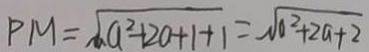
P M = \sqrt { a ^ { 2 } + 2 0 + 1 + 1 } = \sqrt { 0 ^ { 2 } + 2 a + 2 }